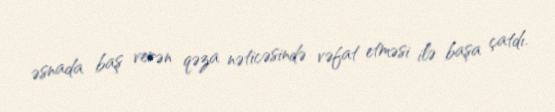
əsnada baş verən qəza nəticəsində vəfat etməsi ilə başa çatdı.